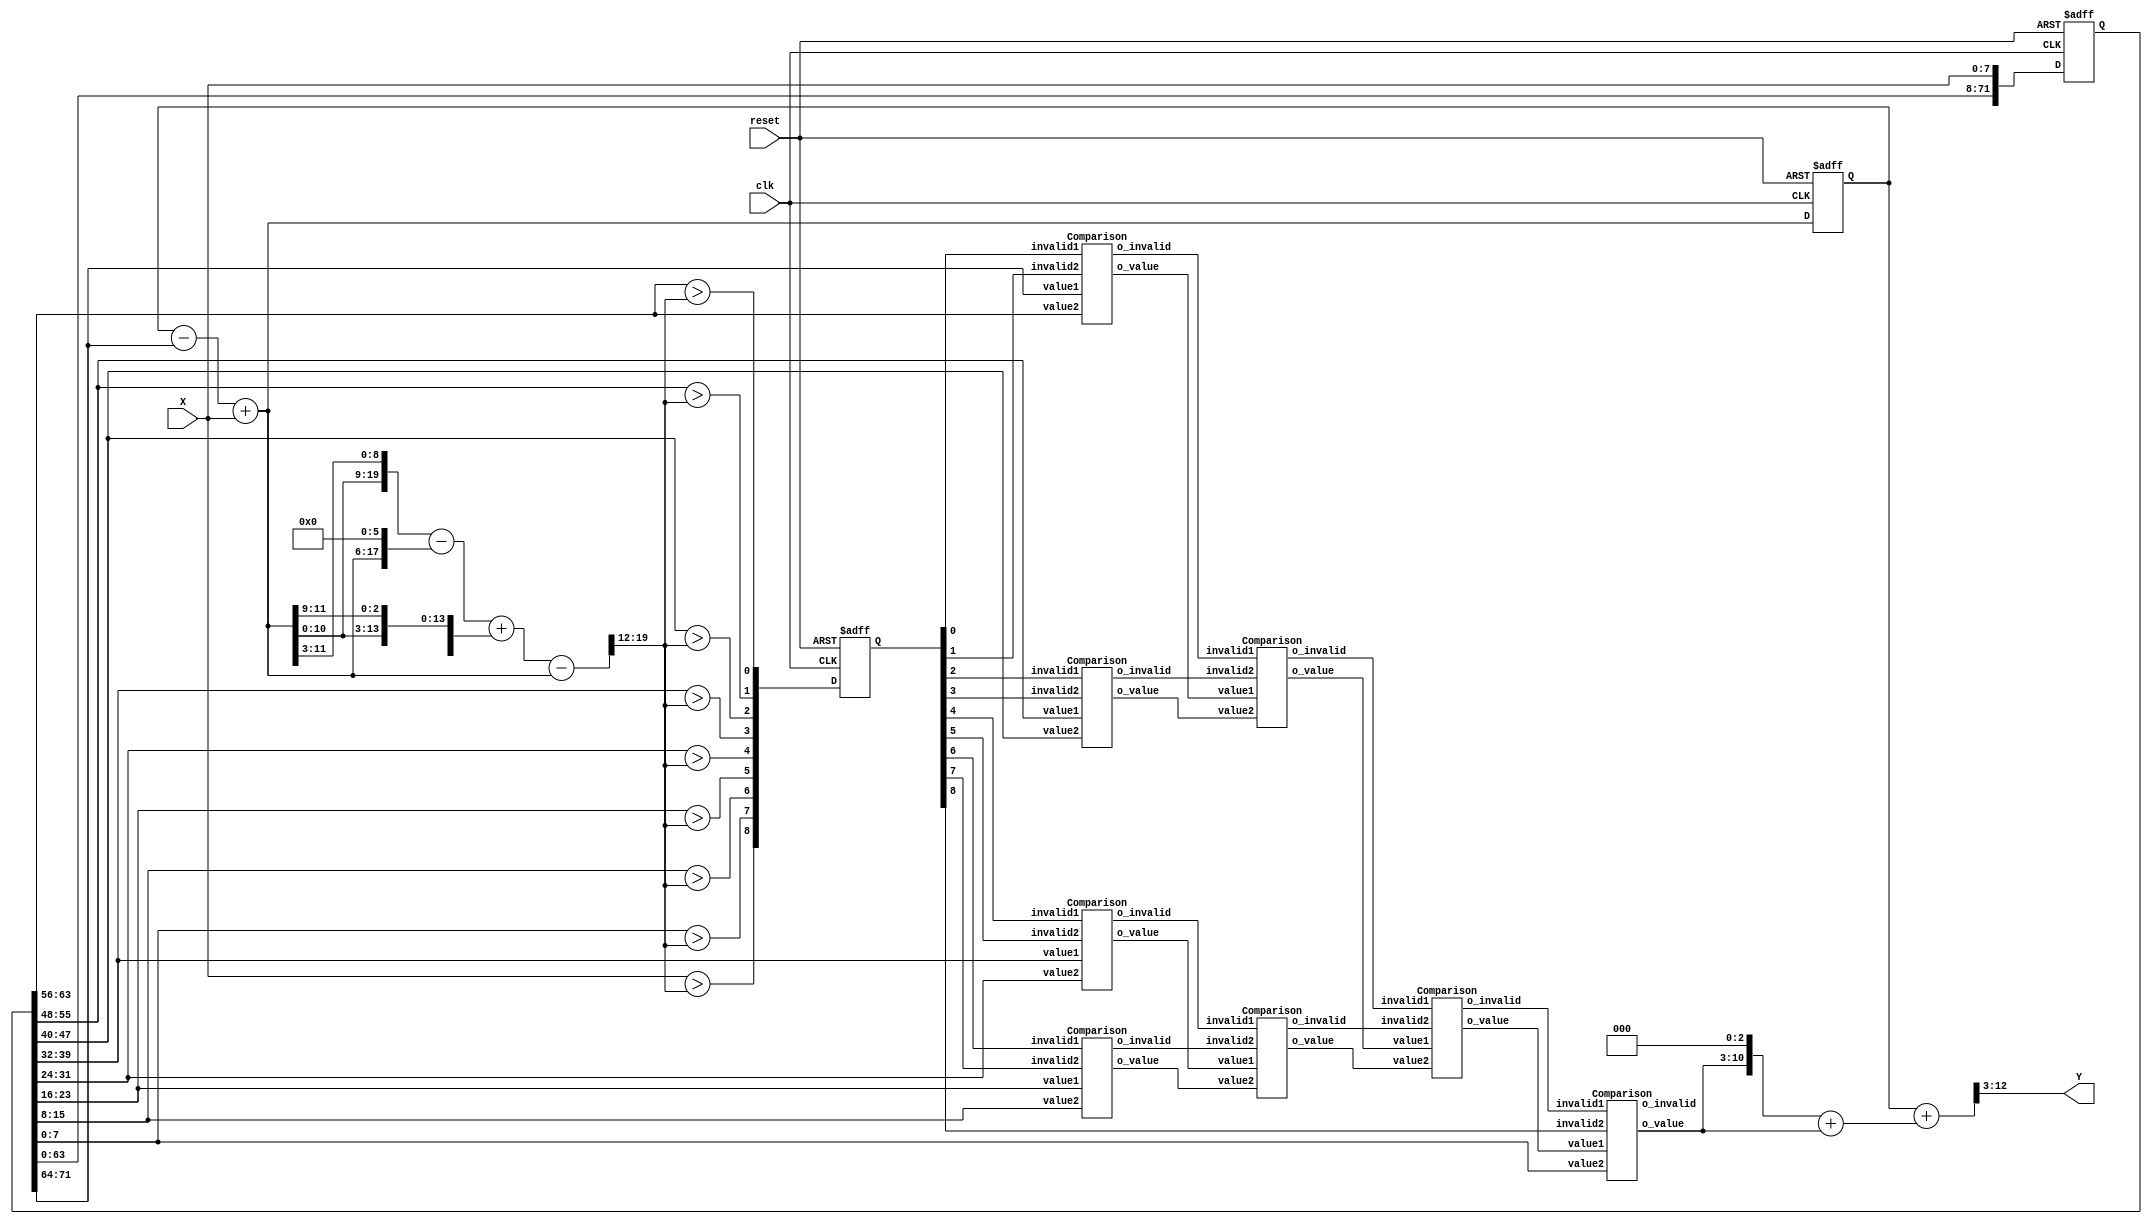
`timescale 1ns/10ps
module CS(Y, X, reset, clk);

input clk, reset; 
input 	[7:0] X;
output 	[9:0] Y;

//--------------------------------------
//  \^o^/   Write your code here~  \^o^/
//--------------------------------------
reg     [71:0] data;
wire    [11:0] sum;
reg     [11:0] r_sum;
wire    [20:0] avg;
wire    [8:0]  flag;
reg     [8:0]  r_flag;
wire           oi_11, oi_12, oi_13, oi_14, oi_21, oi_22, oi_31, oi_41;
wire    [7:0]  ov_11, ov_12, ov_13, ov_14, ov_21, ov_22, ov_31, ov_41;
wire    [12:0] out;

always @(posedge clk or posedge reset) begin
    if(reset) begin                     // Clean registers
        data <= 72'b0;
        r_sum <= 0;
        r_flag <= 8'b0;
    end
    else begin
        data <= {data[63:0], X};        // Push X in to register file
        r_sum <= sum;
        r_flag <= flag;
    end
end

//------------------------- Calculate the summation of x0 ~ x8 -------------------------
assign sum = r_sum - {4'b0, data[71:64]} + {4'b0, X};
//--------------------------------------------------------------------------------------

//--------------------------- Calculate xavg by sum divide 9 ---------------------------
assign avg = {sum, sum[11:3]} - {2'b0, sum, 6'b0} 
           + {5'b0, sum, sum[11:9]} - {8'b0, sum};
//--------------------------------------------------------------------------------------

//-------------------------------- Check x0 ~ x8 > xavg --------------------------------
assign flag[0] = data[63:56] > avg[19:12];
assign flag[1] = data[55:48] > avg[19:12];
assign flag[2] = data[47:40] > avg[19:12];
assign flag[3] = data[39:32] > avg[19:12];
assign flag[4] = data[31:24] > avg[19:12];
assign flag[5] = data[23:16] > avg[19:12];
assign flag[6] = data[15:8] > avg[19:12];
assign flag[7] = data[7:0] > avg[19:12];
assign flag[8] = X > avg[19:12];
//--------------------------------------------------------------------------------------

// Find the number which is larger in x0 ~ x8, and the number is less than equal to xavg
Comparison c11(r_flag[0], r_flag[1], data[71:64], data[63:56], oi_11, ov_11);
Comparison c12(r_flag[2], r_flag[3], data[55:48], data[47:40], oi_12, ov_12);
Comparison c13(r_flag[4], r_flag[5], data[39:32], data[31:24], oi_13, ov_13);
Comparison c14(r_flag[6], r_flag[7], data[23:16], data[15:8], oi_14, ov_14);
Comparison c21(oi_11, oi_12, ov_11, ov_12, oi_21, ov_21);
Comparison c22(oi_13, oi_14, ov_13, ov_14, oi_22, ov_22);
Comparison c23(oi_21, oi_22, ov_21, ov_22, oi_31, ov_31);
Comparison c24(oi_31, r_flag[8], ov_31, data[7:0], oi_41, ov_41);
//--------------------------------------------------------------------------------------

//--------------- ov_41 is xavg, and we need to calculte "sum + xavg * 9" --------------
assign out = {1'b0, r_sum} + {1'b0, {1'b0, ov_41, 3'b0} + {4'b0, ov_41}};
assign Y = out[12:3];
//--------------------------------------------------------------------------------------

endmodule

module Comparison(invalid1, invalid2, value1, value2, o_invalid, o_value);

input           invalid1;
input           invalid2;
input   [7:0]   value1;
input   [7:0]   value2;
output          o_invalid;
output  [7:0]   o_value;
reg             o_invalid;
reg     [7:0]   o_value; 
wire            flag;

assign flag = value1 > value2;

always @(*) begin
    case({invalid1, invalid2})
        2'b00: begin
            o_invalid <= 0;
            if(flag) o_value <= value1;
            else o_value <= value2;
        end
        2'b01: begin
            o_invalid <= 0;
            o_value <= value1;
        end
        2'b10: begin
            o_invalid <= 0;
            o_value <= value2;
        end
        default: begin
            o_invalid <= 1;
            o_value <= 8'bx;
        end
    endcase
end
endmodule